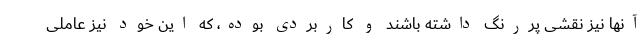
آنها نیز نقشی پررنگ داشته باشند و کاربردی بوده، که این خود نیز عاملی